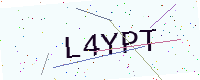
Text: L4YPT